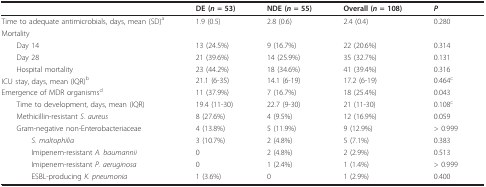
|  | DE (n = 53) | NDE (n = 55) | Overall (n = 108) | P |
 | --- | --- | --- | --- | --- |
 | Time to adequate antimicrobials, days, mean (SD)a | 1.9 (0.5) | 2.8 (0.6) | 2.4 (0.4) | 0.280 |
 | Mortality |  |  |  |  |
 | Day 14 | 13 (24.5%) | 9 (16.7%) | 22 (20.6%) | 0.314 |
 | Day 28 | 21 (39.6%) | 14 (25.9%) | 35 (32.7%) | 0.131 |
 | Hospital mortality | 23 (44.2%) | 18 (34.6%) | 41 (39.4%) | 0.316 |
 | ICU stay, days, mean (IQR)b | 21.1 (6-35) | 14.1 (6-19) | 17.2 (6-19) | 0.464c |
 | Emergence of MDR organismsd | 11 (37.9%) | 7 (16.7%) | 18 (25.4%) | 0.043 |
 | Time to development, days, mean (IQR) | 19.4 (11-30) | 22.7 (9-30) | 21 (11-30) | 0.108c |
 | Methicillin-resistant S. aureus | 8 (27.6%) | 4 (9.5%) | 12 (16.9%) | 0.059 |
 | Gram-negative non-Enterobacteriaceae | 4 (13.8%) | 5 (11.9%) | 9 (12.9%) | > 0.999 |
 | S. maltophilia | 3 (10.7%) | 2 (4.8%) | 5 (7.1%) | 0.383 |
 | Imipenem-resistant A. baumannii | 0 | 2 (4.8%) | 2 (2.9%) | 0.513 |
 | Imipenem-resistant P. aeruginosa | 0 | 1 (2.4%) | 1 (1.4%) | > 0.999 |
 | ESBL-producing K. pneumonia | 1 (3.6%) | 0 | 1 (2.9%) | 0.400 |